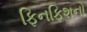
ફિનફિશનો